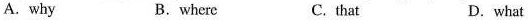
A. why B.where C. that D. what